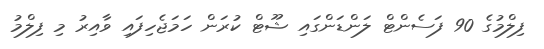
ފިލްމުގެ 90 ފަސެންޓް ލަންޑަންގައި ޝޫޓް ކުރަން ހަމަޖެހިފައި ވާއިރު މި ފިލްމު